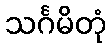
သင်္ဂမိတုံ